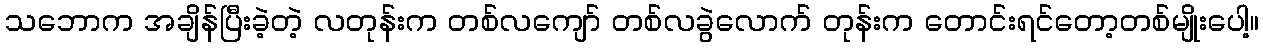
သဘောက အချိန်ပြီးခဲ့တဲ့ လတုန်းက တစ်လကျော် တစ်လခွဲလောက် တုန်းက တောင်းရင်တော့တစ်မျိုးပေါ့။